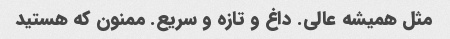
مثل همیشه عالی. داغ و تازه و سریع. ممنون که هستید